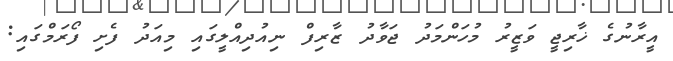
އީރާނުގެ ޚާރިޖީ ވަޒީރު މުހަންމަދު ޖަވާދު ޒާރިފް ނިއުދިއްލީގައި މިއަދު ފެށި ފޯރަމްގައި: